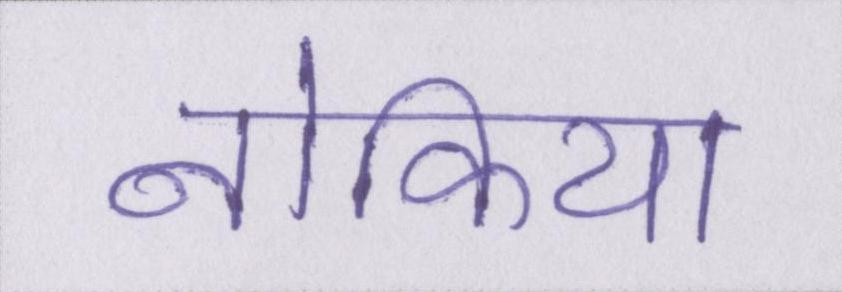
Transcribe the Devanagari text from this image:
नोकिया